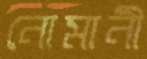
নোমানী